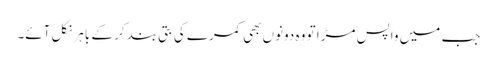
جب میں واپس مڑا تو وہ دونوں بھی کمرے کی بتی بند کر کے باہر نکل آئے۔